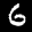
Label: 6